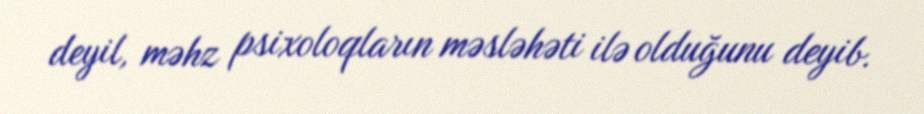
deyil, məhz psixoloqların məsləhəti ilə olduğunu deyib.